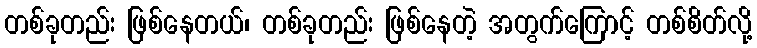
တစ်ခုတည်း ဖြစ်နေတယ်၊ တစ်ခုတည်း ဖြစ်နေတဲ့ အတွက်ကြောင့် တစ်စိတ်လို့